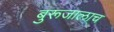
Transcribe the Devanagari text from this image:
बुरूजालाच